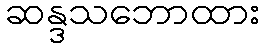
ဆန္ဒသဘောထား